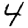
Digit: 4